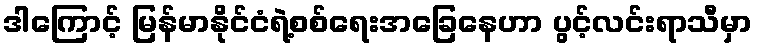
ဒါကြောင့် မြန်မာနိုင်ငံရဲ့စစ်ရေးအခြေနေဟာ ပွင့်လင်းရာသီမှာ